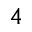
^ 4